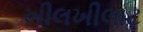
ખીલખીલાટ